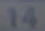
14